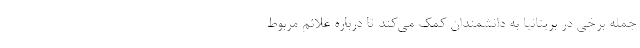
جمله برخی در بریتانیا به دانشمندان کمک می‌کند تا درباره علائم مربوط